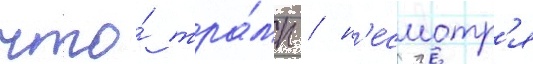
что́ тра́мп / н'есмотр'я